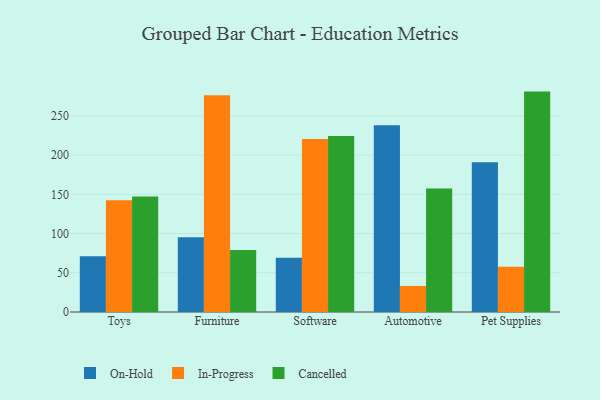
{"axis": {"x": "Category", "y": "Bounce Rate (%)"}, "legend": ["Cancelled", "In-Progress", "On-Hold"], "data": [{"x": "Toys", "y": 71.1, "type": "On-Hold"}, {"x": "Toys", "y": 142.6, "type": "In-Progress"}, {"x": "Toys", "y": 147.4, "type": "Cancelled"}, {"x": "Furniture", "y": 95.2, "type": "On-Hold"}, {"x": "Furniture", "y": 276.3, "type": "In-Progress"}, {"x": "Furniture", "y": 79.2, "type": "Cancelled"}, {"x": "Software", "y": 69.2, "type": "On-Hold"}, {"x": "Software", "y": 220.7, "type": "In-Progress"}, {"x": "Software", "y": 224.4, "type": "Cancelled"}, {"x": "Automotive", "y": 238.1, "type": "On-Hold"}, {"x": "Automotive", "y": 33.2, "type": "In-Progress"}, {"x": "Automotive", "y": 157.3, "type": "Cancelled"}, {"x": "Pet Supplies", "y": 190.8, "type": "On-Hold"}, {"x": "Pet Supplies", "y": 57.6, "type": "In-Progress"}, {"x": "Pet Supplies", "y": 281.0, "type": "Cancelled"}]}